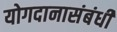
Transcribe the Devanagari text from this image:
योगदानासंबंधी